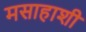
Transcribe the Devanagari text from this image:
मसाहाशी